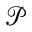
\mathcal { P }